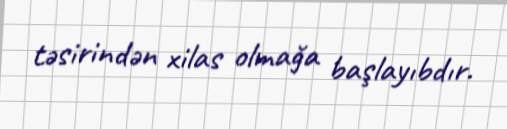
təsirindən xilas olmağa başlayıbdır.